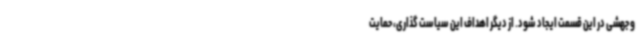
و جهشی در این قسمت ایجاد شود. از دیگر اهداف این سیاست گذاری، حمایت